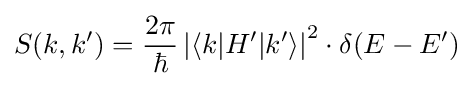
S(k,k')={\frac {2\pi }{\hbar }}\left|\langle k|H'|k'\rangle \right|^{2}\cdot \delta (E-E')